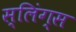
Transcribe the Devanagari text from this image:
स्लिंग्स